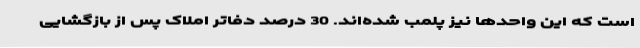
است که این واحدها نیز پلمب شده‌اند. 30 درصد دفاتر املاک پس از بازگشایی